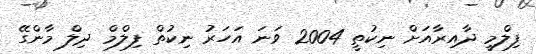
ފިލްމީ ދާއިރާއަށް ނިކުތީ 2004 ވަނަ އަހަރު ނިކުތް ފިލްމް ދިލް މާންގޭ